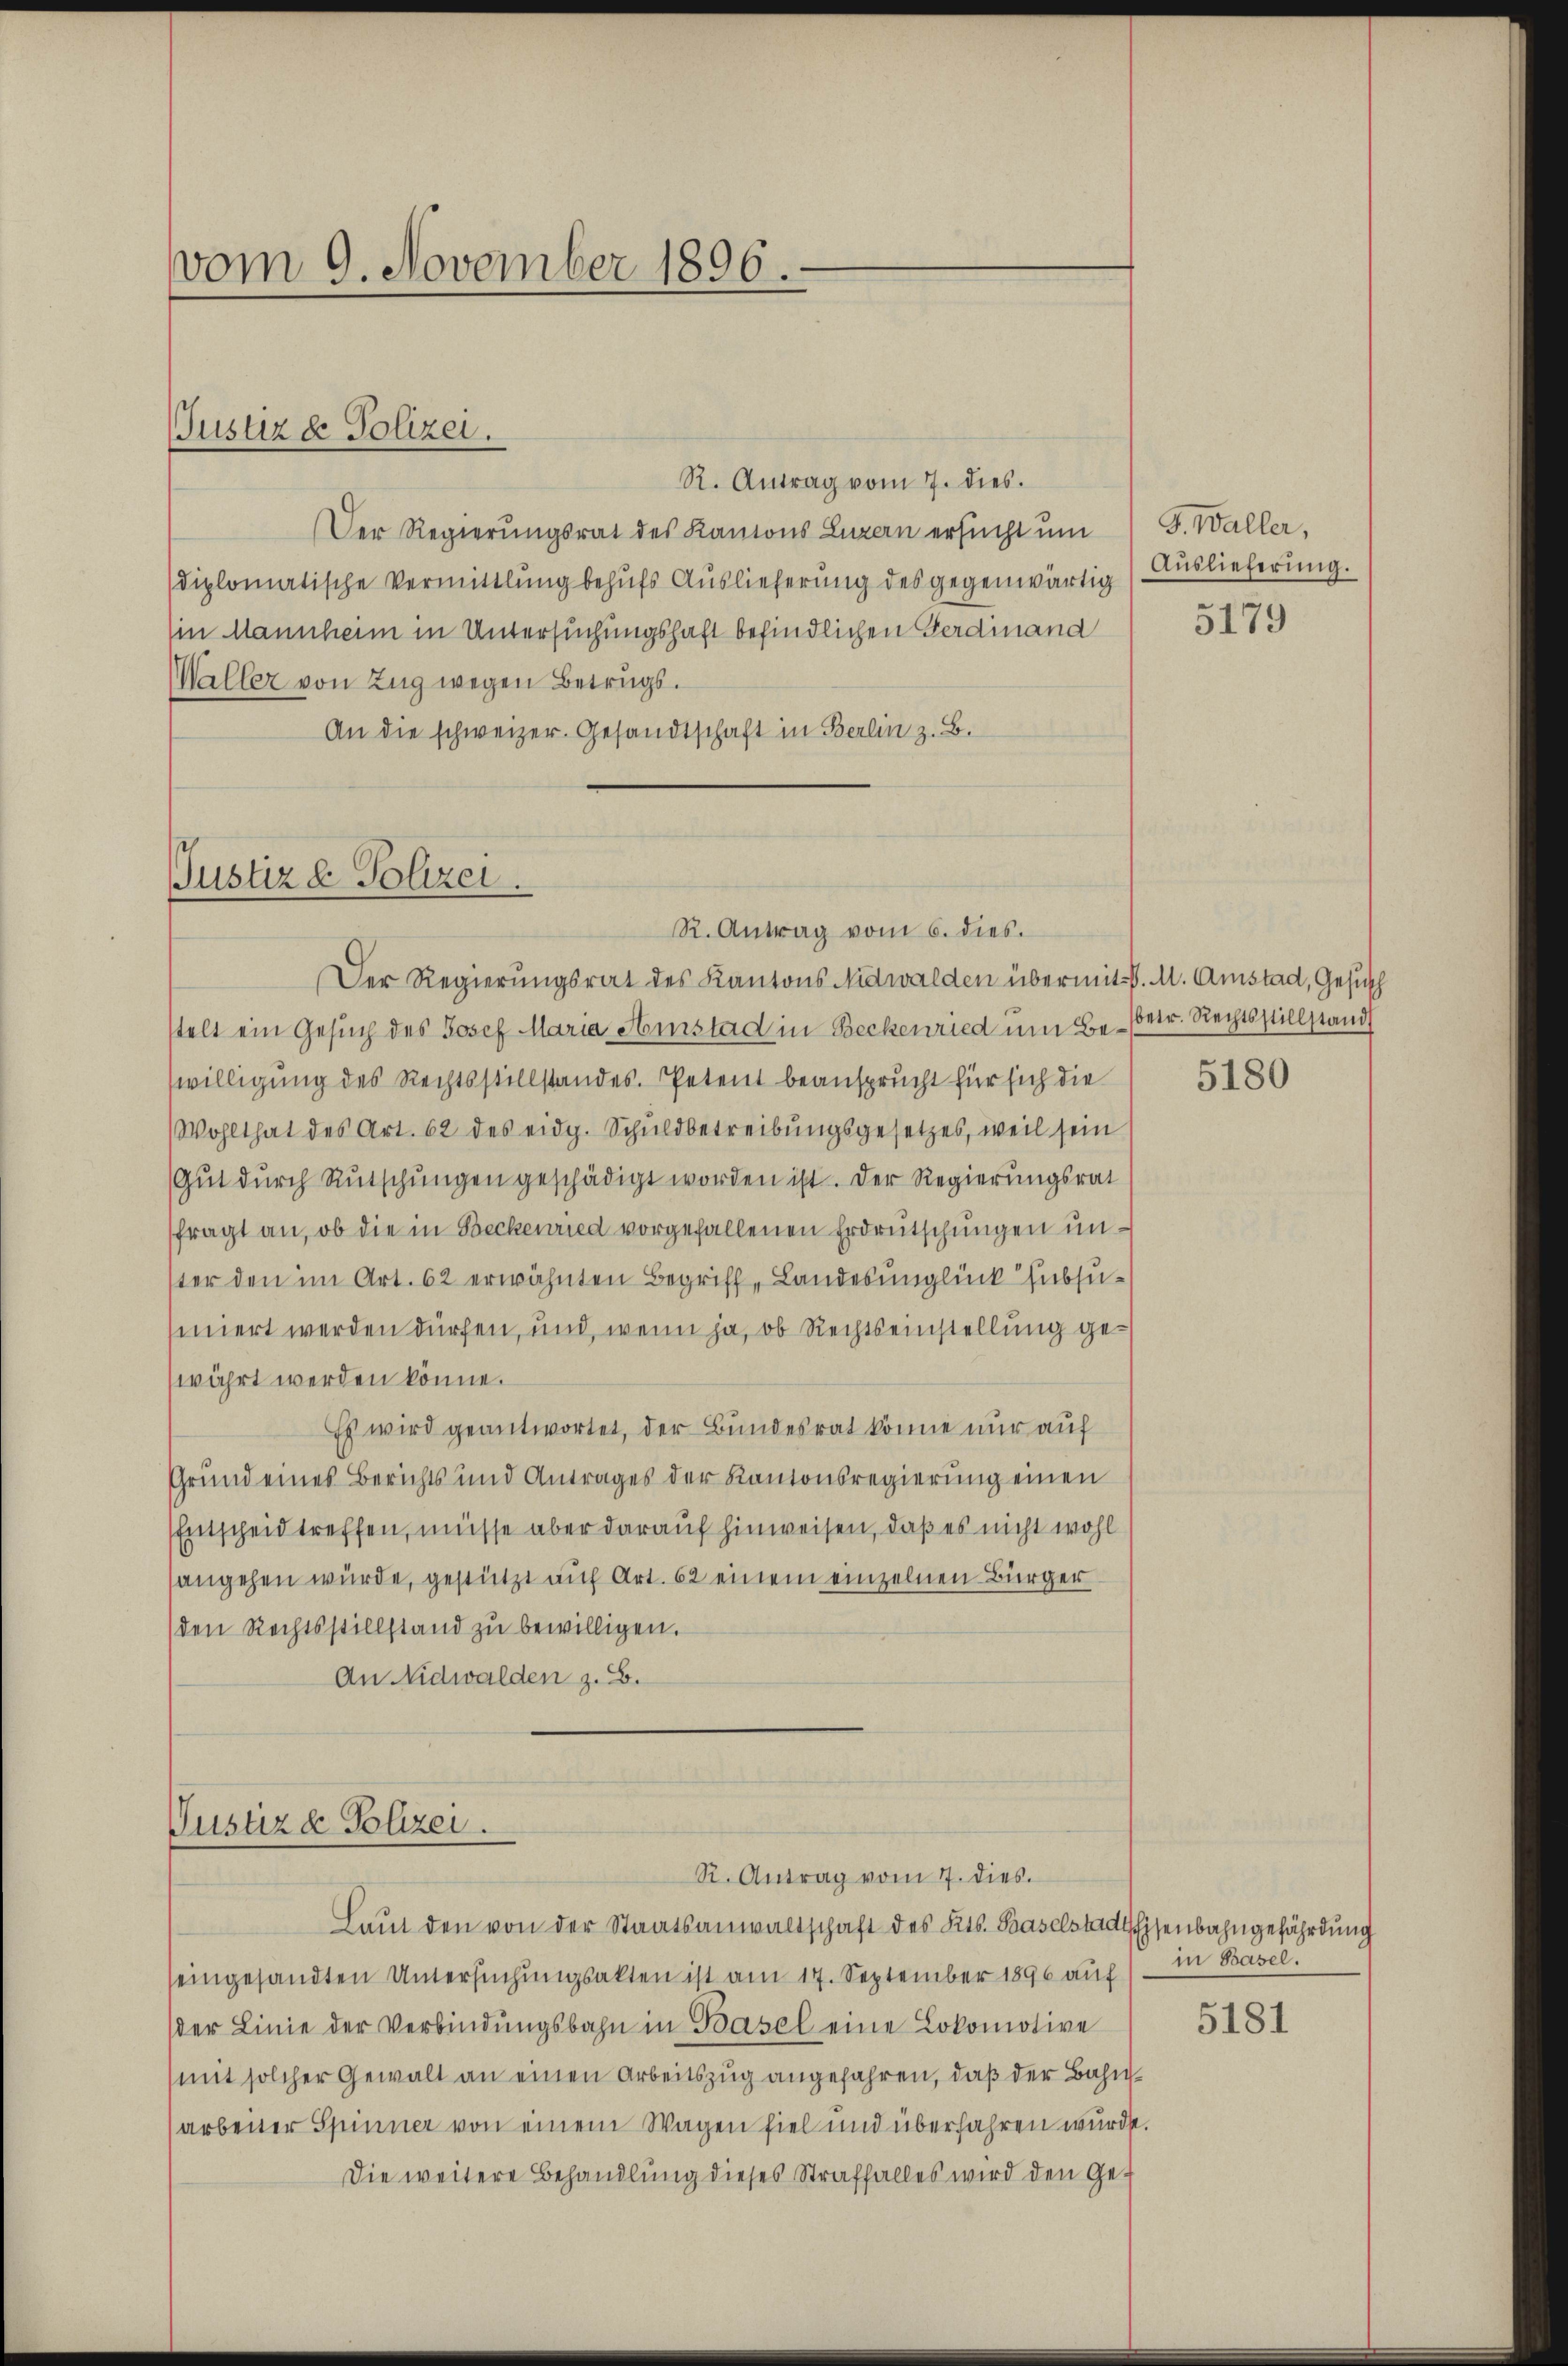
vom 9. November 1896.

R. Antrag vom 7. dies.
Der Regierungsrat des Kantons Luzern ersucht um
diplomatische Vermittlung behufs Auslieferung des gegenwärtig
in Mannheim in Untersuchungshaft befindlichen Ferdinand
Waller von Zug wegen Betrugs¬
An die schweizer. Gesandtschaft in Berlin z. B.

Justiz & Polizei.

Justiz & Polizei.
R. Antrag vom 6. dies.

Der Regierungsrat des Kantons Nidwalden übermit P. M. Amstad, Gesuch
stelt ein Gesuch des Josef Maria Amstad in Beckenried um Be- Petr. Rechtsstillstand
willigung des Rechtsstillstandes. Petent beansprucht für sich die
Wohlthat des Art. 62 des eidg. Schuldbetreibungsgesetzes, weil sein
Gŭt dŭrch Rutschŭngen geschädigt worden ist. Der Regierungsrat
fragt an, ob die in Beckenried vorgefallenen Erdrutschungen unster den im Art. 62 erwähnten Begriff, Landesunglück subsusiniert werden dürfen, und wenn ja, ob Rechtseinstellung gewährt werden könne.
Es wird geantwortet, der Bundesrat könne nur auf
Grund eines Berichts und Antrages der Kantonsregierung einen
Entscheid treffen, müsse aber darauf hinweisen, daß es nicht wohl
sangehen würde, gestützt auf Art. 62 einem einzelnen Bürger
den Rechtsstillstand zu bewilligen.
An Nidwalden z. B.

Justiz & Polizei.

R. Antrag vom 7. dies.

G. Waller,
Auslieferung.

Laŭt den von der Staatsanwaltschaft des Kts. Baselstad Eisenbahngefährdung
seingesandten Untersuchungsakten ist am 17. September 1896 auf – in Basel.
der Linie der Verbindŭngsbahn in Basel eine Lokomotive
mit solcher Gewalt an einen Arbeitszug angefahren, daß der Bahnarbeiter Spinner von einem Wagen fiel und überfahren wurde.
Die weitere Behandlung dieses Straffalles wird den Ge¬

5179

5180

5181